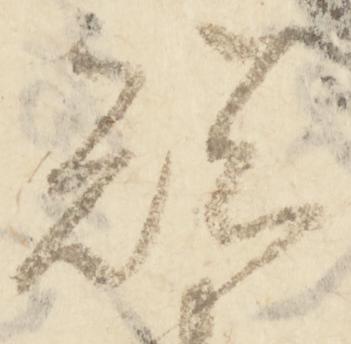
短